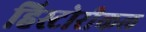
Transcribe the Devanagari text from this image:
हिस्टोरीकल